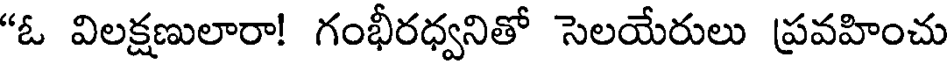
"ఓ విలక్షణులారా! గంభీరధ్వనితో సెలయేరులు ప్రవహించు